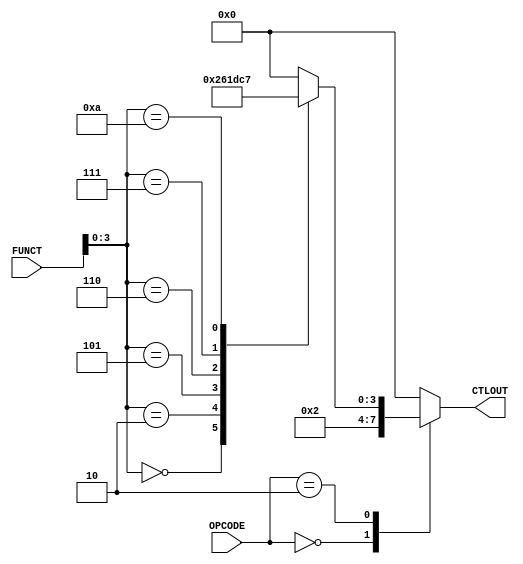
`timescale 1ns / 1ps

//Shivam Kundan
//ECE329 Spring'16
//Final Project, ALU Control Module

/*This file implements a MIPS ALU control module.*/

module ALUControl(input wire [5:0] FUNCT, 
						input wire [1:0] OPCODE, 
						output reg [3:0] CTLOUT
						);

reg [3:0] Function;

always @(*)
	begin
		case(FUNCT[3:0])
			4'b0000: Function = 4'b0010;	//Add
			4'b0010: Function = 4'b0110;	//Sub
			4'b0100: Function = 4'b0000;	//And
			4'b0101: Function = 4'b0001;	//Or
			4'b0110: Function = 4'b1101;	//Nand
			4'b0111: Function = 4'b1100;	//Nor
			4'b1010: Function = 4'b0111;	//slt
			default: Function = 4'b0000;
		endcase
	end
always@(*)
	begin
		case(OPCODE)
			4'b0000: CTLOUT = 4'b0010;//Add
			4'b0010: CTLOUT = Function;
			default: CTLOUT = 0;
		endcase
	end
endmodule